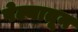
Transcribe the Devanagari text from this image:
पेल्यातून